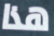
هذا